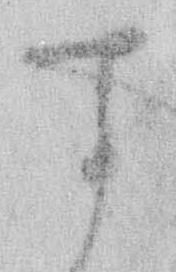
す